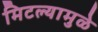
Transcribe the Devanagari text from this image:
मिटल्यामुळे